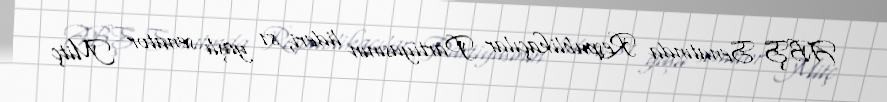
ABŞ Senatında Respublikaçılar Partiyasının lideri, 81 yaşlı senator Mitç